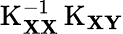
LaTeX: \operatorname{K}_{\mathbf{XX}}^{-1}\operatorname{K}_{\mathbf{XY}}